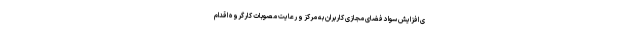
ی افزایش سواد فضای مجازی کاربران به مرکز و رعایت مصوبات کارگروه اقدام